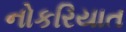
નોકરિયાત